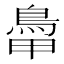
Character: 𩿼